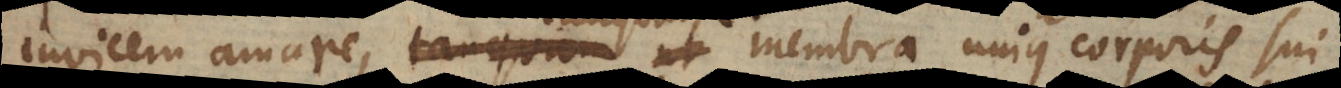
invicem amare, tanquam membra unius corporis Ch